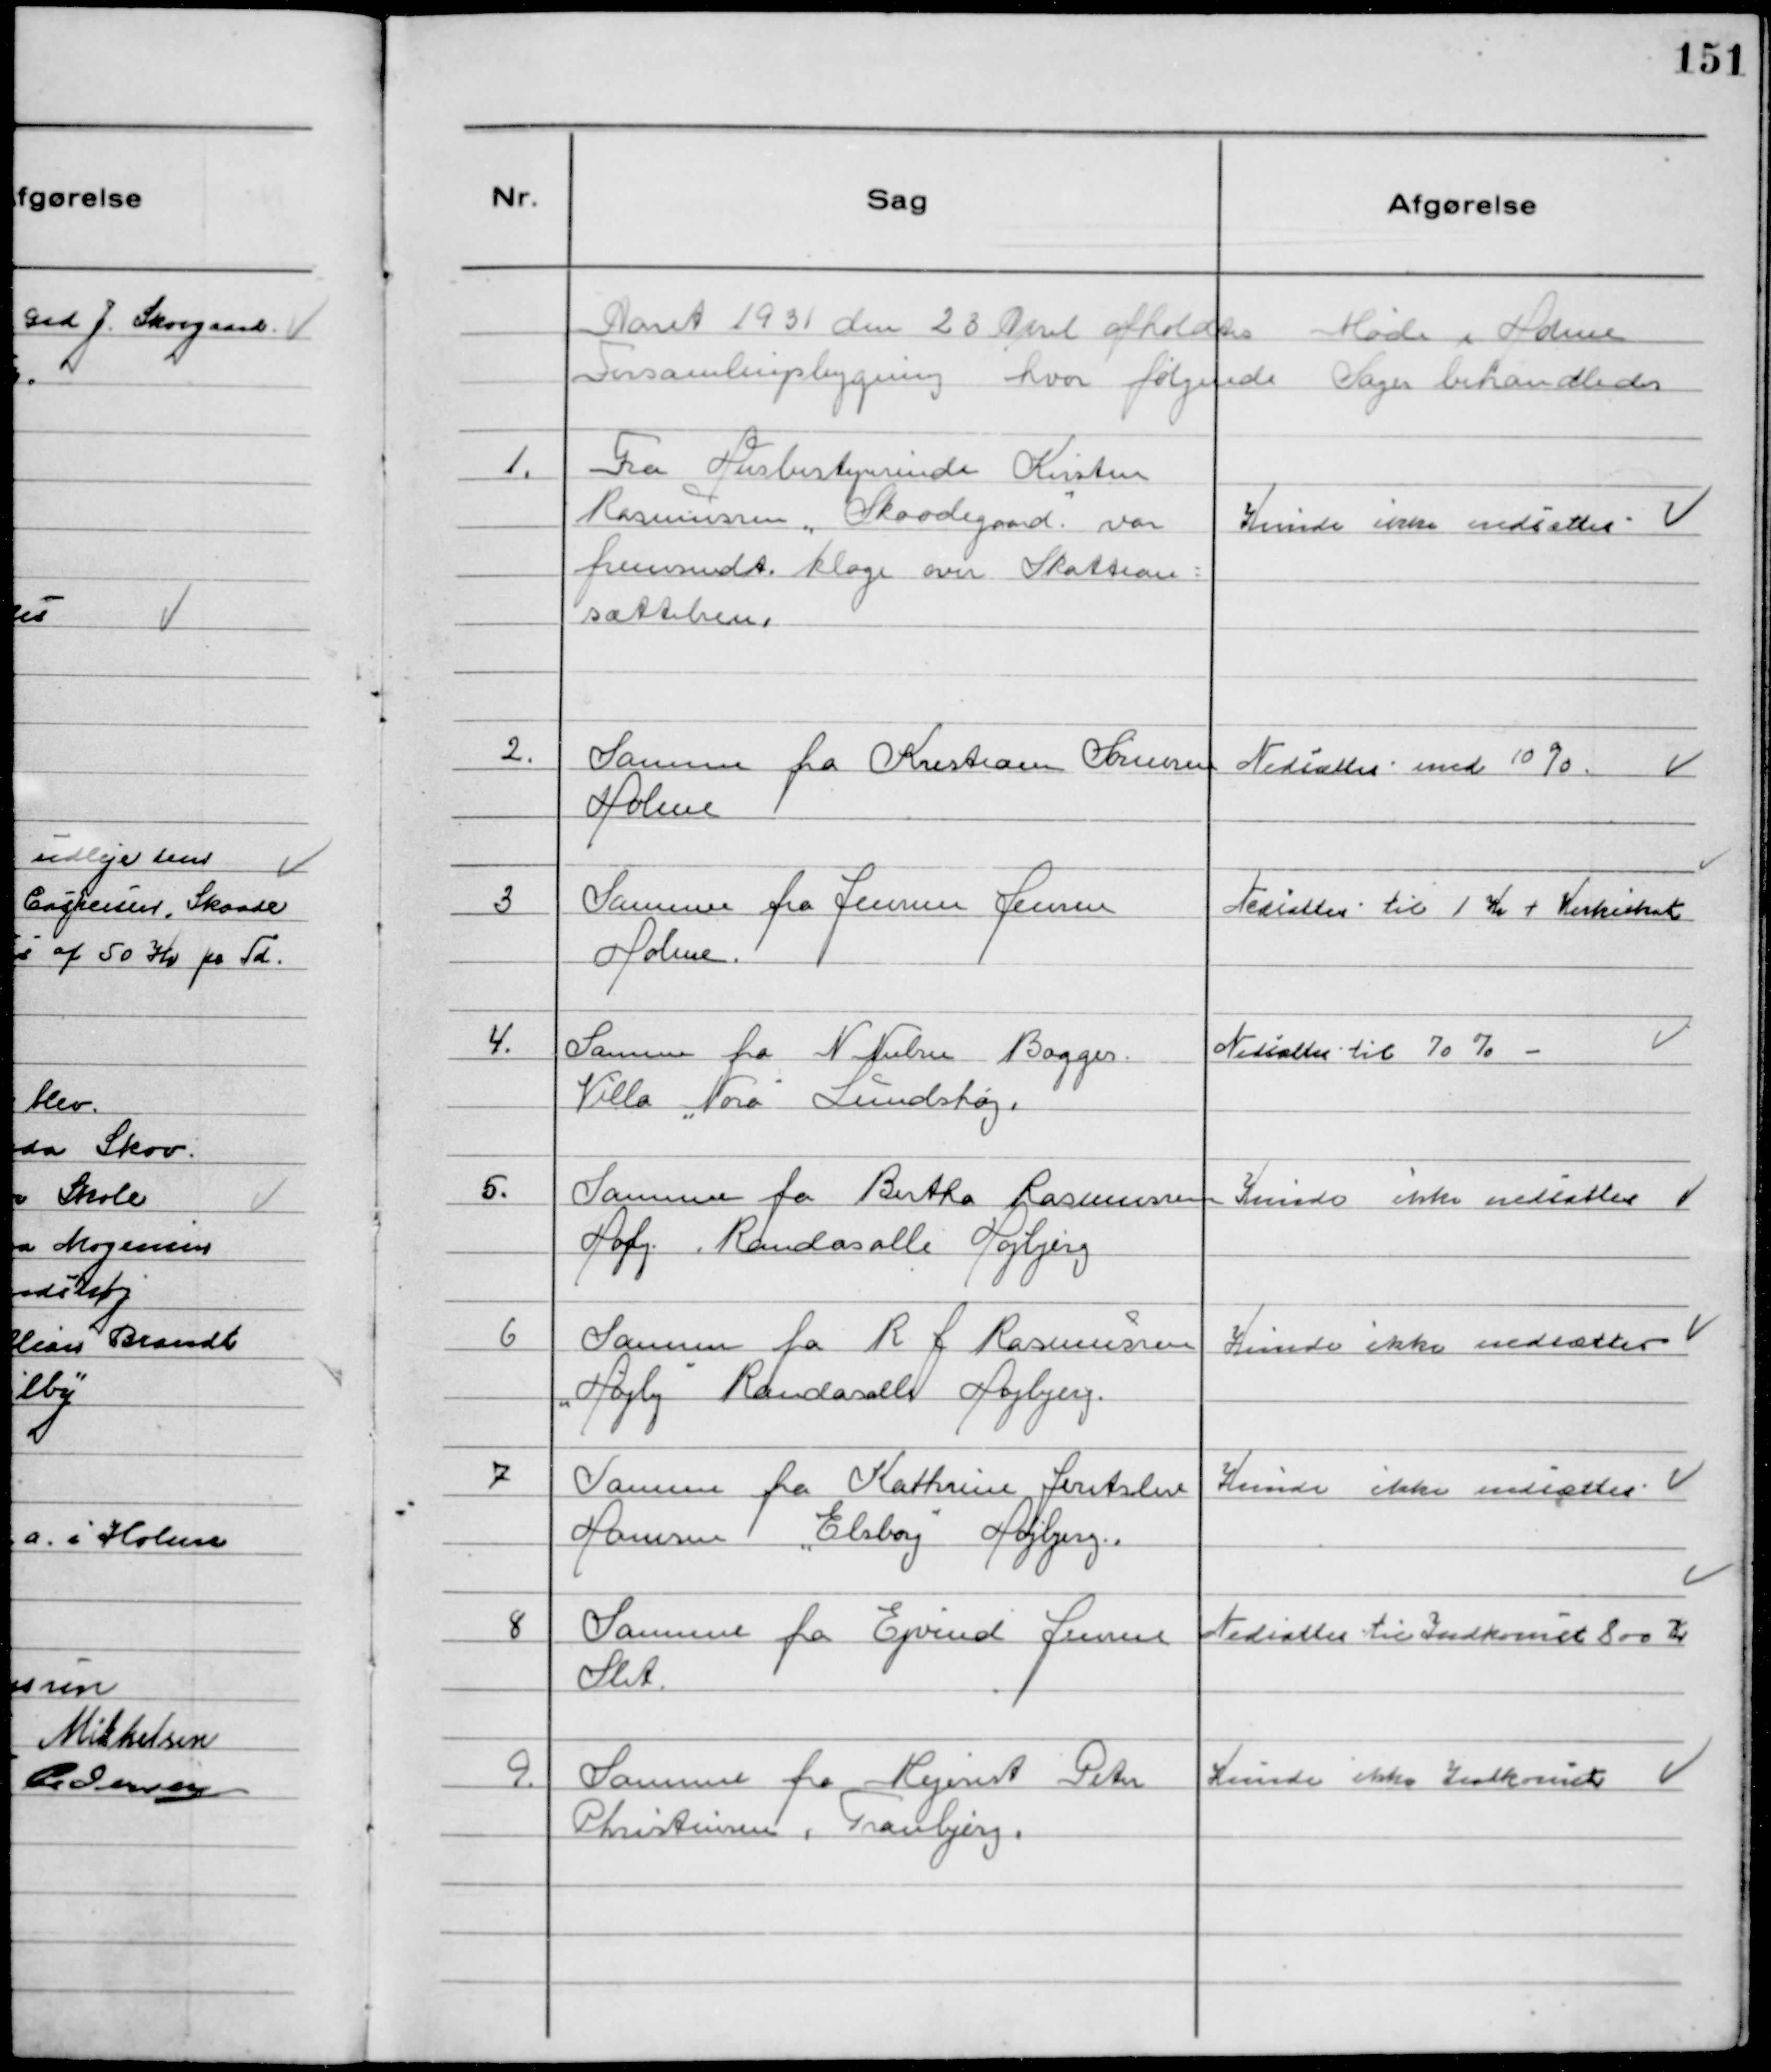
Transskription:
Aaret 1931 den 28 April afholdtes Møde i Holme
Forsamlingsbygning hvor følgende Sager behandledes

1.
Fra Husbestyrerinde Kirsten
Rasmussen "Skaadegaard" var
fremsendt klage over Skattean-
sættelsen.

Kunde ikke nedsættes

2.
Samme fra Kristian Sørensen
Holme

Nedsættes med 10 %.

3
Samme fra Jensine Jensen
Holme.

Nedsættes til 1 Kr + Kirkeskat

4.
Samme fra N Nielsen Bagger
Villa "Nora" Lundshøj.

Nedsættes til 70 % -

5.
Samme fra Bertha Rasmussen
Højly Randasalle Højbjerg

Kunde ikke nedsættes

6
Samme fra R J Rasmussen
"Højly" Randasalle Højbjerg

Kunde ikke nedsættes

7
Samme fra Kathrine Jeritslev
Hansen "Elsborg" Højbjerg.

Kunde ikke nedsættes

8
Samme fra Ejvind Jensen
Slet.

Nedsattes til Indkomst 800 Kr

9.
Samme fra Mejerist Peter
Christensen, Tranbjerg.

Kunde ikke Indkomst